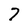
Character: 7